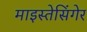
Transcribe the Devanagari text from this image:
माइस्तेसिंगेर